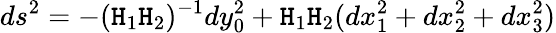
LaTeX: ds^{2}=-(\mathtt{H}_{1}\mathtt{H}_{2})^{-1}dy_{0}^{2}+\mathtt{H}_{1}\mathtt{H}_{2}(dx_{1}^{2}+dx_{2}^{2}+dx_{3}^{2})